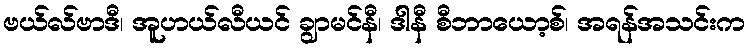
ဗယ်လ်ဗာဒီ၊ အူဟယ်လီယင် ချွာမင်နီ၊ ဒါနီ စီဘာယော့စ်၊ အရန်အသင်းက